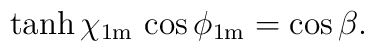
\tanh\chi_{{\rm 1m}} \, \cos\phi_{{\rm 1m}} = \cos\beta.